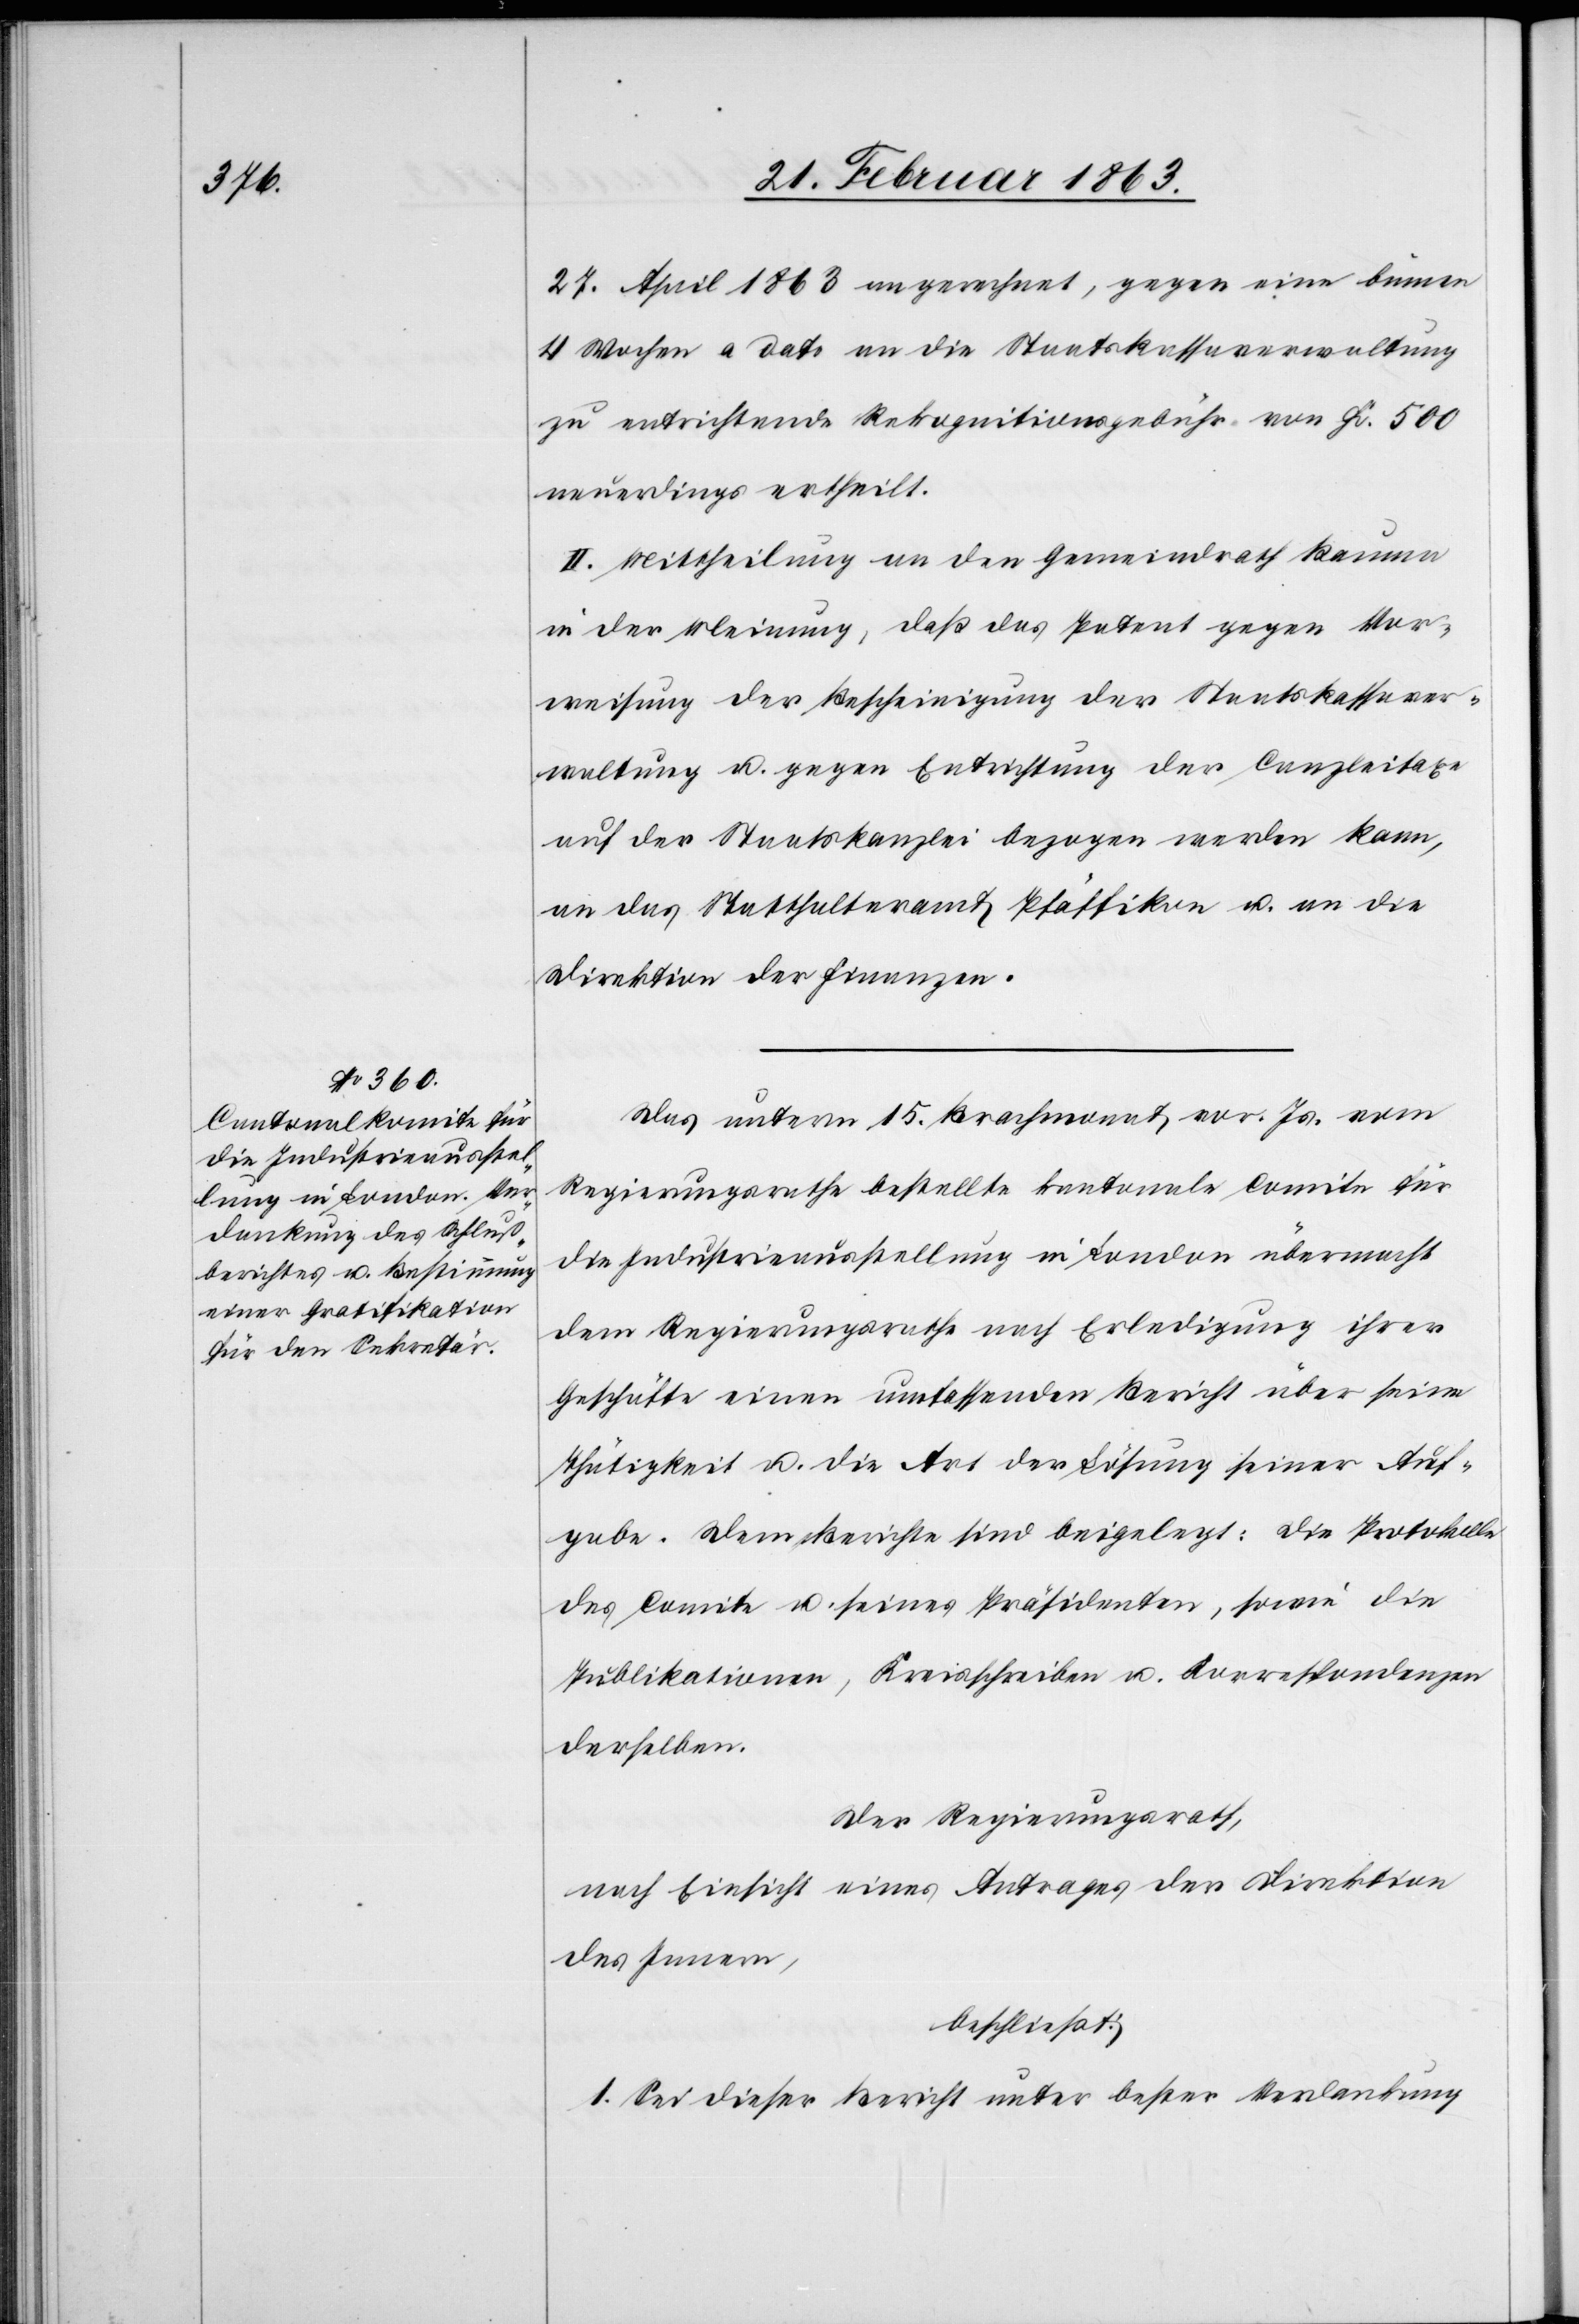
27. April 1863 an gerechnet, gegen eine binnen
4 Wochen a dato an die Staatskassaverwaltung
zu entrichtende Rekognitionsgebühr von Fr. 500
neuerdings ertheilt.
II. Mittheilung an den Gemeindrath Bauma
in der Meinung, daß das Patent gegen Vor¬
weisung der Bescheinigung der Staatskassaver¬
waltung u. gegen Entrichtung der Canzleitaxe
auf der Staatskanzlei bezogen werden kann,
an das Statthalteramt Pfäffikon u. an die
Direktion der Finanzen.
Das unterm 15. Brachmonat vor. Js. vom
Regierungsrathe bestellte kantonale Comite für
die Industrieausstellung in London übermacht
dem Regierungsrathe nach Erledigung ihrer
Geschäfte einen umfassenden Bericht über seine
Thätigkeit u. die Art der Lösung seiner Auf¬
gabe. Dem Berichte sind beigelegt: Die Protokolle
des Comite u. seines Präsidenten, sowie die
Publikationen, Kreisschreiben u. Korrespondenzen
derselben.
Der Regierungsrath,
nach Einsicht eines Antrages der Direktion
des Innern,
beschließt:
1. Sei dieser Bericht unter bester Verdankung